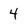
Character: 4